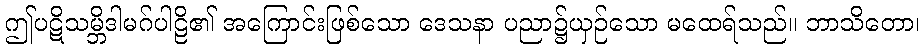
ဤပဋိသမ္ဘိဒါမဂ်ပါဠိ၏ အကြောင်းဖြစ်သော ဒေသနာ ပညာ၌ယှဉ်သော မထေရ်သည်။ ဘာသိတော၊